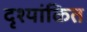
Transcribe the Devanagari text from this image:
दृश्यांकित